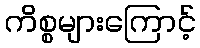
ကိစ္စများကြောင့်